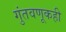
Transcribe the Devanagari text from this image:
गुंतवणूकही